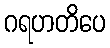
ဂရဟတိပေ